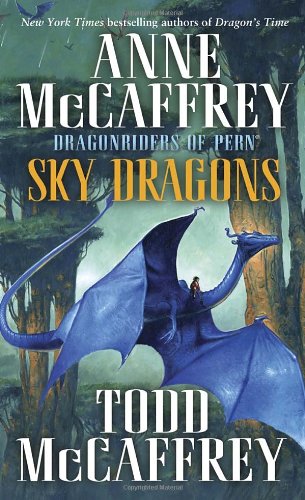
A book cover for Sky Dragons: Dragonriders of Pern; Anne McCaffrey; Science Fiction & Fantasy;